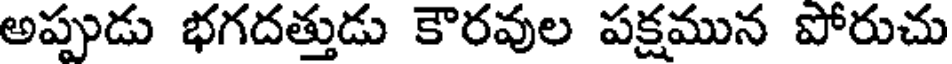
అప్పుడు భగదత్తుడు కౌరవుల పక్షమున పోరుచు